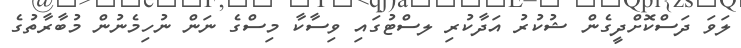
ލަވަ ދަސްކޮށްދީގެން ޝުކުރު އަދާކުރި ލސްޓުގައި ވިސާކާ މިސްގެ ނަން ނުހިމެނުން މުބާރާތުގެ